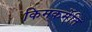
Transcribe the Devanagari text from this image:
किमकर्मेति